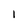
Character: 1